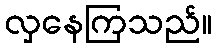
လှနေကြသည်။